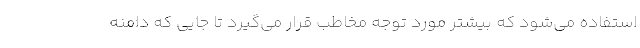
استفاده می‌شود که بیشتر مورد توجه مخاطب قرار می‌گیرد تا جایی که دامنه